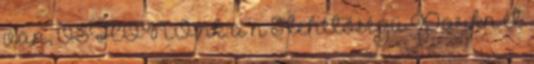
van, ŐSHONO nk a n S lehetőségü Parkn ét